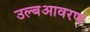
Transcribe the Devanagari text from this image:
उल्बआवरण